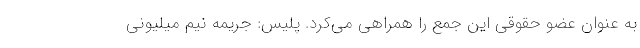
به عنوان عضو حقوقی این جمع را همراهی می‌کرد. پلیس: جریمه نیم میلیونی